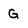
Character: G